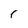
Character: r